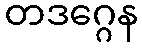
တဒဂ္ဂေန